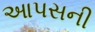
આપસની